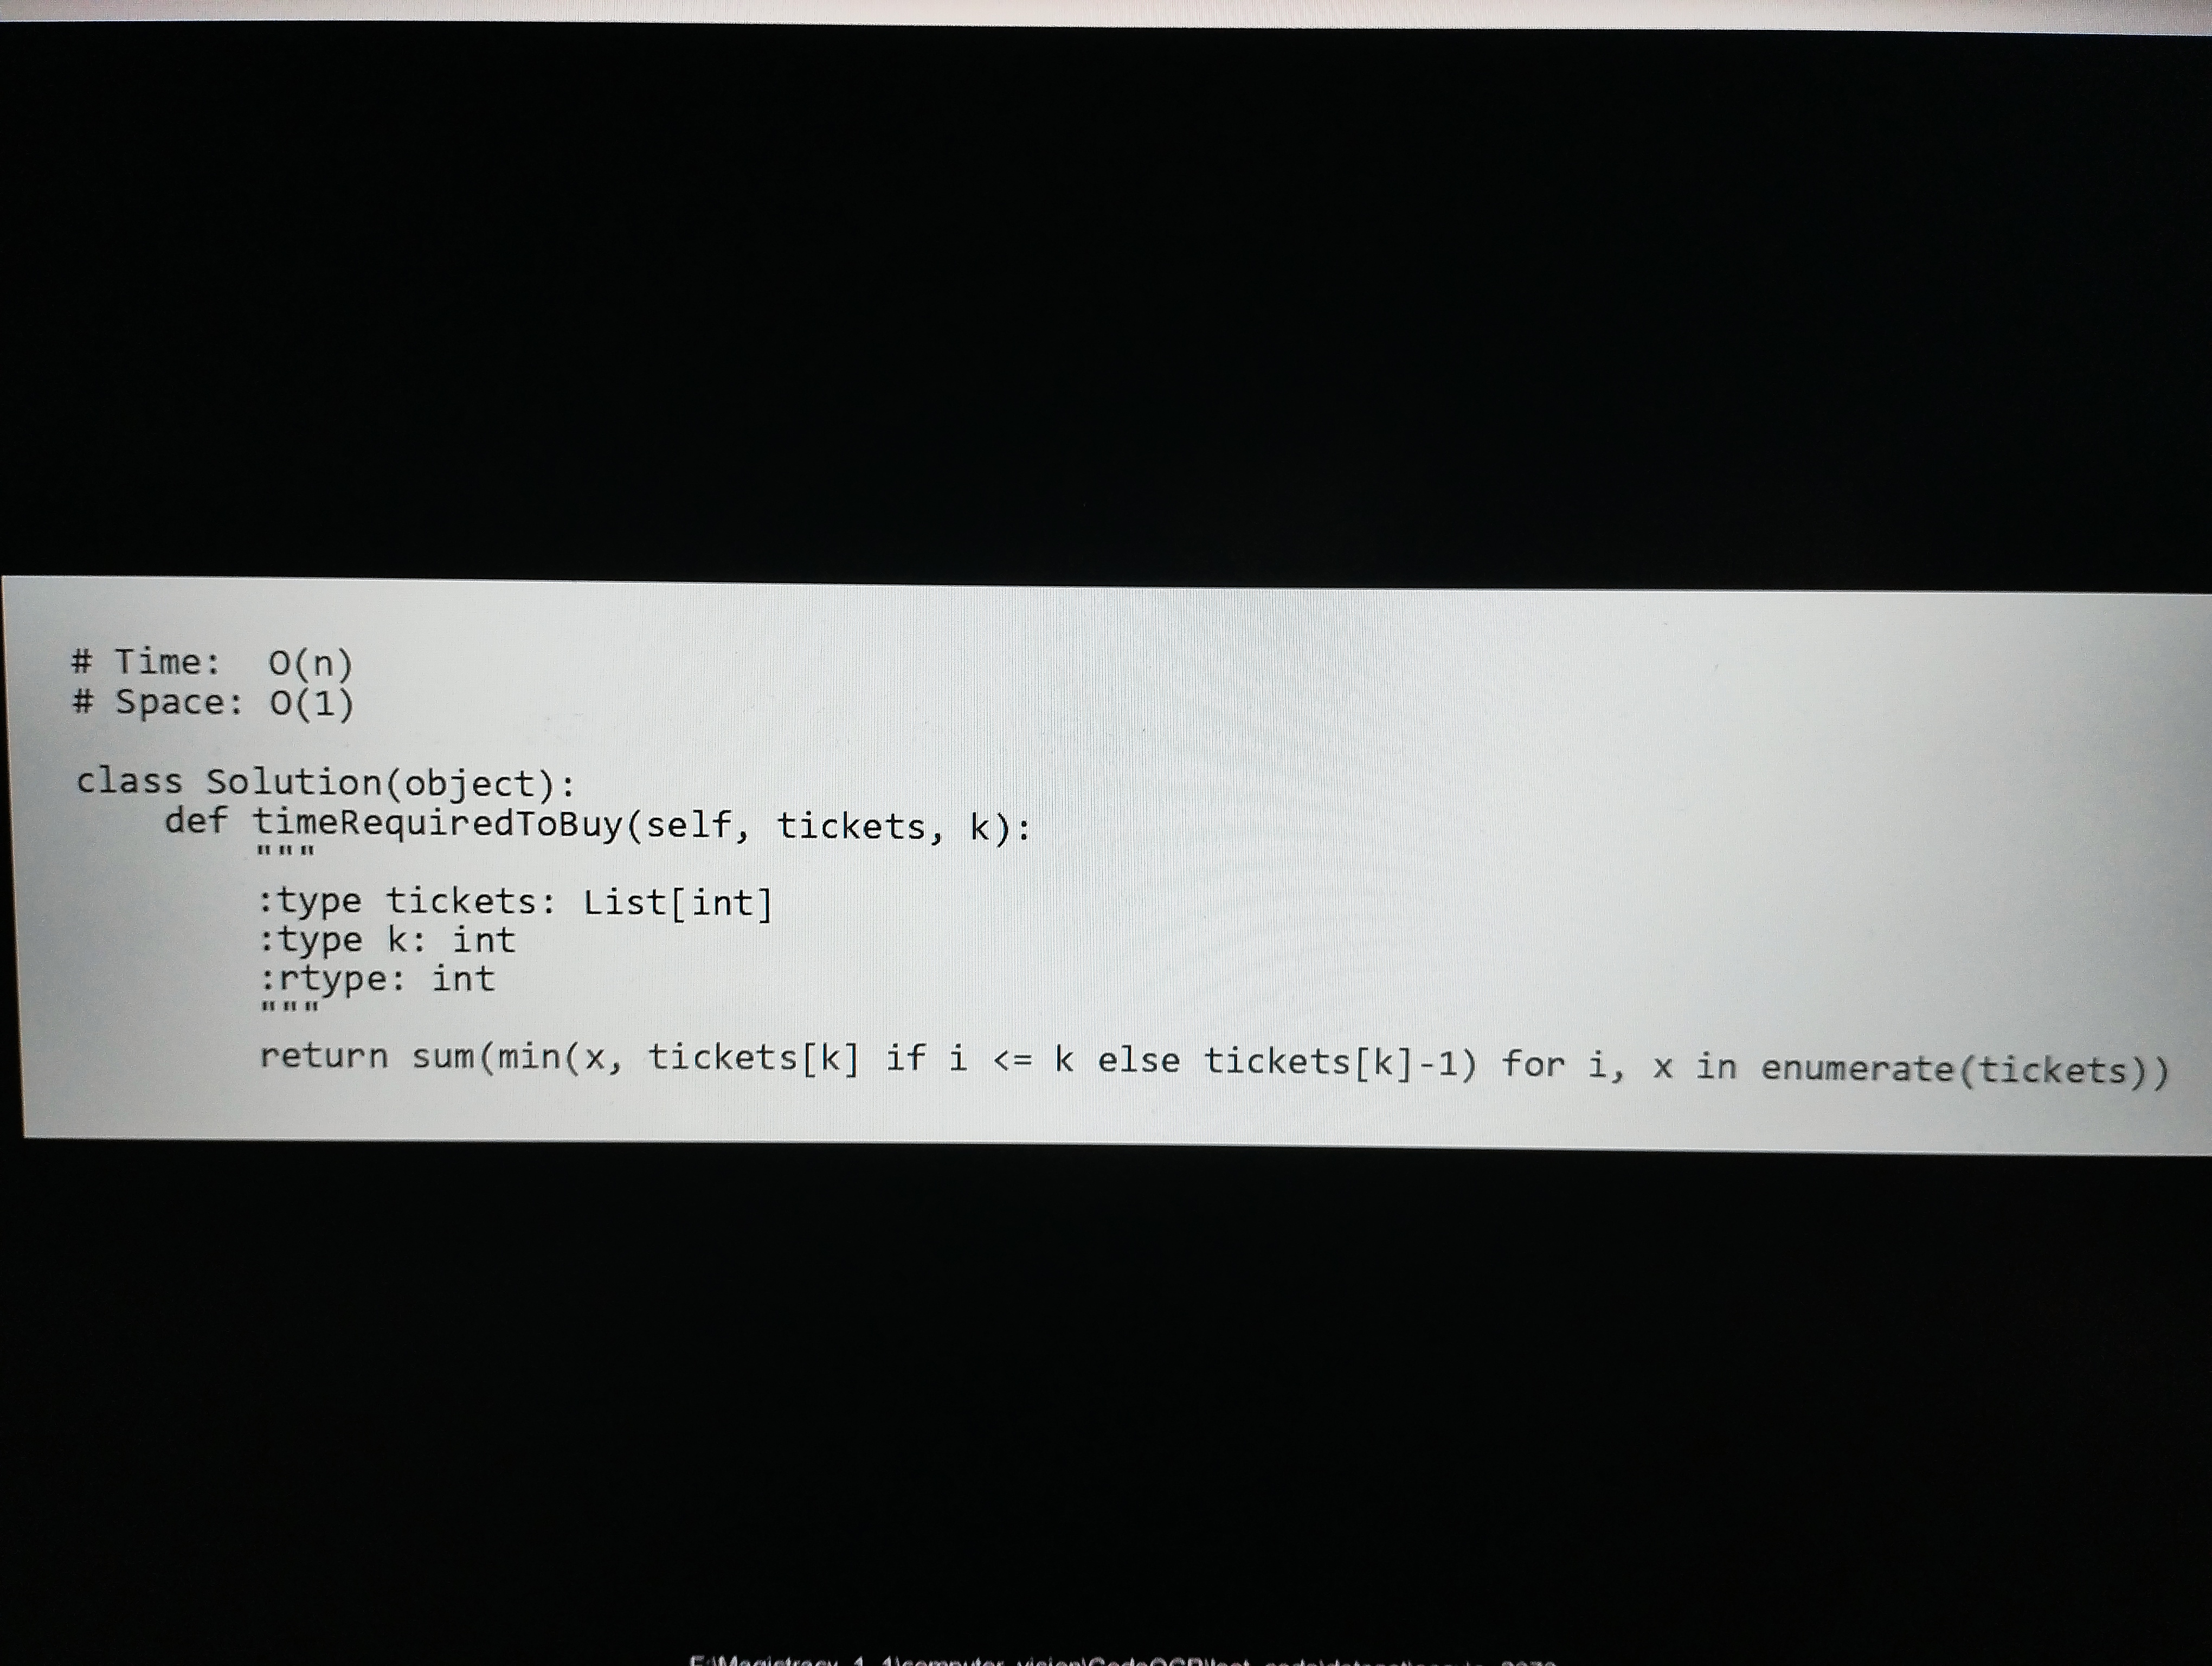
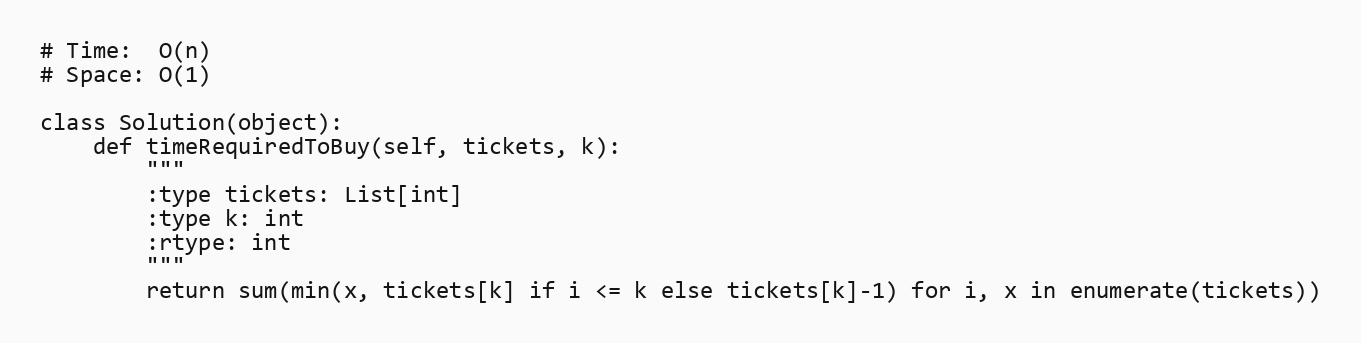
# Time:  O(n)
# Space: O(1)

class Solution(object):
    def timeRequiredToBuy(self, tickets, k):
        """
        :type tickets: List[int]
        :type k: int
        :rtype: int
        """
        return sum(min(x, tickets[k] if i <= k else tickets[k]-1) for i, x in enumerate(tickets))